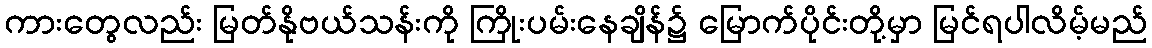
ကားတွေလည်း မြတ်နိုဗယ်သန်းကို ကြိုးပမ်းနေချိန်၌ မြောက်ပိုင်းတို့မှာ မြင်ရပါလိမ့်မည်